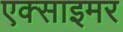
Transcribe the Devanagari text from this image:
एक्‍साइमर